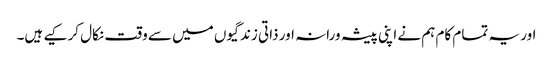
اور یہ تمام کام ہم نے اپنی پیشہ ورانہ اور ذاتی زندگیوں میں سے وقت نکال کر کیے ہیں۔